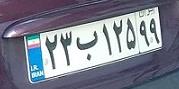
۲۳ب۱۲۵۹۹